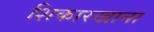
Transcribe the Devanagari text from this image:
शिकारखाना